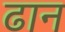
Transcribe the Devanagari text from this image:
ढान